system: You are a helpful assistant.
user:
Analyze the provided spectrum to determine if it is a **White Dwarf (WD)**.

A White Dwarf spectrum is defined by its **extreme purity** (due to gravitational settling) and/or **extreme pressure broadening** (due to high surface gravity). You must check for one of the following mutually exclusive signatures:

- **Key Visual Indicators (Check for ONE of these types):**

    - **1. DA-Type Signature (Most Common):**
        - **(Primary Feature):** Extreme pressure broadening (Stark broadening) of the **Hydrogen (H) Balmer lines**.
        - **(Key Lines):** $H\beta$ (approx. $4861$ Å) and $H\gamma$ (approx. $4340$ Å). $H\alpha$ (approx. $6563$ Å) will also be present if the wavelength range covers it.
        - **(Line Profile):** This is the **defining feature**. The lines are **NOT** sharp. They appear as massive, **extremely broad and deep "troughs" or "dips"** in the spectrum, often hundreds of Ångströms wide. The continuum will appear to "scoop" down at these wavelengths.
        - **(Distinction):** Normal A-type or B-type stars have *narrow* and *sharp* Hydrogen lines. A DA White Dwarf's lines are unmistakably "smeared" or "blurry" from pressure.

    - **2. DB-Type Signature:**
        - **(Primary Feature):** Broad absorption lines from **Neutral Helium (He I)**. The spectrum must lack any visible Hydrogen lines.
        - **(Key Lines):** Look for broad absorption near $4471$ Å, $4921$ Å, and $5876$ Å.
        - **(Line Profile):** These lines are also significantly pressure-broadened, appearing much wider than they would in a normal B-type main-sequence star.

    - **3. DC-Type Signature:**
        - **(Primary Feature):** A **featureless continuous spectrum**.
        - **(Line Profile):** The spectrum is a smooth curve with **no significant absorption or emission lines**.
        - **(Key Confirmation):** The continuum is almost always **blue or white**, indicating a hot object. This signature implies the atmosphere is so pure (or so cool) that no spectral lines are visible in the optical range. Its WD identity is confirmed by its extremely low intrinsic brightness (high absolute magnitude).

    - **4. DZ-Type Signature (Metal-Polluted):**
        - **(Primary Feature):** **Isolated, narrow metal absorption lines** on an otherwise featureless (DC-like) continuum.
        - **(Key Lines):** The **Calcium (Ca II) H & K doublet** (approx. **$3934$ Å** and **$3968$ Å**) is the most common and defining feature.
        - **(Line Profile):** These lines are "out of place." They are *not* part of a "forest" of thousands of lines. This signature is evidence of recent *accretion* (pollution) from rocky debris.
        - **(Distinction):** Normal G/K/M stars have a *dense forest* of thousands of metal lines. A DZ has a *clean* continuum with *only a few* strong metal lines.

    - **5. DQ-Type Signature (Carbon-Polluted):**
        - **(Primary Feature):** Absorption bands from **Carbon (C₂ "Swan Bands" or atomic C I)**.
        - **(Key Lines - C₂):** Look for bandheads with a "saw-tooth" shape near $5635$ Å, **$5165$ Å** (strongest), and $4737$ Å.
        - **(Key Confirmation):** The underlying **continuum must be blue or white** (hot).
        - **(Distinction):** This is the critical difference from a **Carbon Star**, which has the *exact same* C₂ bands but on an extremely **red, cool** continuum.

- **(Overall Spectrum):**
    - The continuum (overall shape) is typically **blue-sloping** (brighter in the blue than the red), as most white dwarfs are very hot.
    - The spectrum will look "pure" or "simple," dominated by only *one* of the five signatures listed above.

Think first, call **spectral_visualization_tool** if needed to examine features in detail, then provide your final answer. Your response must adhere to the following strict rules:
1.  **Overall Structure:** Your response must follow the format `<think>...</think> <tool_call>...</tool_call> (if a tool is used) <answer>...</answer>`.
2.  **Tool Usage Constraint:** You may only make **one** tool call per turn.
3.  **Final Answer Format:** In the `<answer>` tag, your conclusion must be inside a `\boxed{}` command (e.g., `\boxed{YES}` or `\boxed{NO}`), followed by your justification.

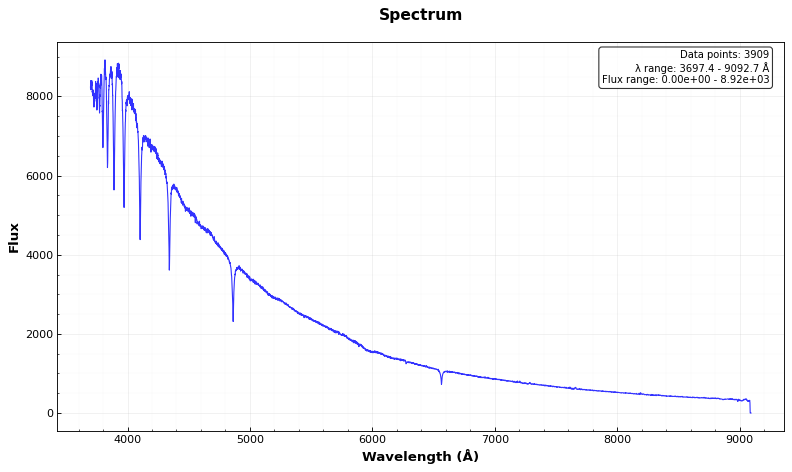
Answer: YES